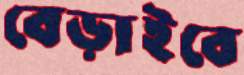
বেড়াইবে